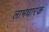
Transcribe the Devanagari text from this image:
लाभधारक